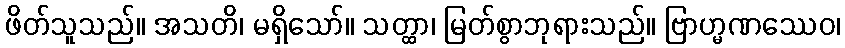
ဖိတ်သူသည်။ အသတိ၊ မရှိသော်။ သတ္ထာ၊ မြတ်စွာဘုရားသည်။ ဗြာဟ္မဏဿေဝ၊